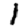
Digit: 1